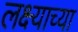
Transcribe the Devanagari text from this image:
लक्ष्याच्या